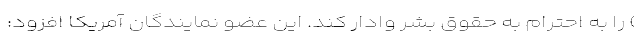
) را به احترام به حقوق بشر وادار کند. این عضو نمایندگان آمریکا افزود: